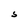
Character: S